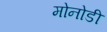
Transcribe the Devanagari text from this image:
मोनोडी